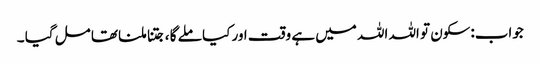
جواب:سکون تو اللہ اللہ میں ہے وقت اور کیا ملے گا ،جتنا ملنا تھا مل گیا ۔